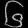
Digit: ၆